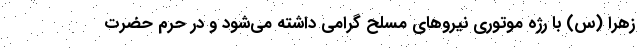
زهرا (س) با رژه موتوری نیروهای مسلح گرامی داشته می‌شود و در حرم حضرت